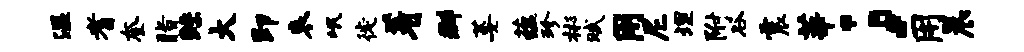
温耆奎脂鲧大即哀岷徙着群萎蕴珍彬赋用尼埋附谷震莘；用晨